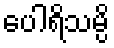
ပေါရိသမ္ပိ